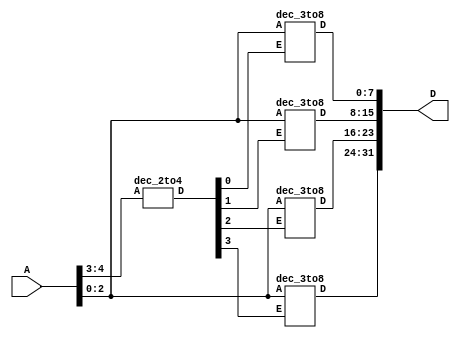
// R11662663.v 
//
// Implement a 5-to-32 Line Decoder.
//

module top(A,D);
input [4:0]A;
output [31:0]D; 

wire [3:0]E; 
dec_2to4 d1 (A[4:3],E);

dec_3to8 d2 (A[2:0],E[0],D[7:0]);
dec_3to8 d3 (A[2:0],E[1],D[15:8]);
dec_3to8 d4 (A[2:0],E[2],D[23:16]);
dec_3to8 d5 (A[2:0],E[3],D[31:24]);

endmodule

module dec_3to8 (A,E,D);
input E; 
input [2:0]A; 
output [7:0]D; 
reg [7:0]D;

always @*
if(E)
begin
D[0]<=(~A[2]&~A[1]&~A[0]);
D[1]<=(~A[2]&~A[1]&A[0]);
D[2]<=(~A[2]&A[1]&~A[0]);
D[3]<=(~A[2]&A[1]&A[0]);
D[4]<=(A[2]&~A[1]&~A[0]);
D[5]<=(A[2]&~A[1]&A[0]);
D[6]<=(A[2]&A[1]&~A[0]);
D[7]<=(A[2]&A[1]&A[0]);
   end
   else D<=0;

endmodule

module dec_2to4 (A,D);
input [1:0]A; 
output [3:0]D; 

assign D[0]=(~A[1]&~A[0]),
D[1]=(~A[1]&A[0]),
   D[2]=(A[1]&~A[0]),
   D[3]=(A[1]&A[0]);
     
endmodule